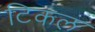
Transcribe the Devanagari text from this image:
टिकल